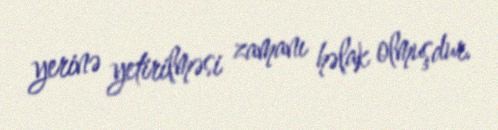
yerinə yetirilməsi zamanı həlak olmuşdur.